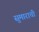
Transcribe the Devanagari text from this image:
सुमाराची